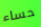
حساء